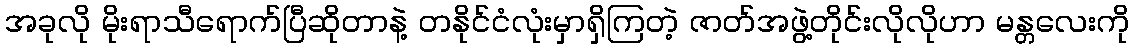
အခုလို မိုးရာသီရောက်ပြီဆိုတာနဲ့ တနိုင်ငံလုံးမှာရှိကြတဲ့ ဇာတ်အဖွဲ့တိုင်းလိုလိုဟာ မန္တလေးကို